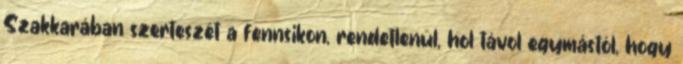
Szakkarában szerteszét a fennsikon, rendetlenül, hol távol egymástól, hogy